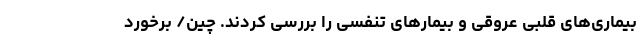
بیماری‌های قلبی عروقی و بیمارهای تنفسی را بررسی کردند. چین/ برخورد